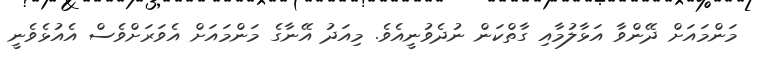
މަންމައަށް ދޭންވާ އަޅާލުމާއި ގާތްކަން ނުދެވުނީއެވެ. މިއަދު އޭނާގެ މަންމައަށް އެވަރަށްވެސް އެއުޅެވެނީ